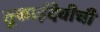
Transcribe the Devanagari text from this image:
तुकाईदेवीची